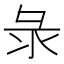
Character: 彔